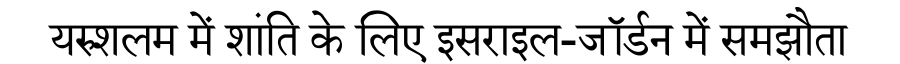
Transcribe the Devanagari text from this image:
यरुशलम में शांति के लिए इसराइल-जॉर्डन में समझौता